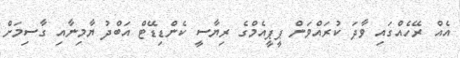
އެއް ރޭހެއްގައި ވާދަ ކުރައްވަން ޕީޕީއެމްގެ ރިޔާސީ ކެންޑިޑޭޓް އަބްދު ޔާމިނާއި ގާސިމަށް